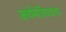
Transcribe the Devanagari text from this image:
अर्थमंत्रिपदाचा